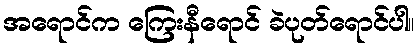
အရောင်က ကြေးနီရောင် ခဲပုတ်ရောင်ပါ။